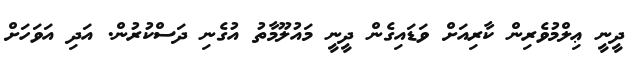
ދީނީ ޢިލްމުވެރިން ކާރިއަށް ވަޑައިގެން ދީނީ މައުލޫމާތު އުގެނި ދަސްކުރުން. އަދި އަވަހަށް